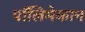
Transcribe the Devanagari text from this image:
पॉलिमेकान